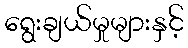
ရွေးချယ်မှုများနှင့်